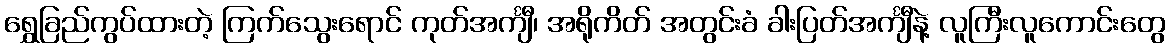
ရွှေခြည်ကွပ်ထားတဲ့ ကြက်သွေးရောင် ကုတ်အင်္ကျီ၊ အရိုကိတ် အတွင်းခံ ခါးပြတ်အင်္ကျီနဲ့ လူကြီးလူကောင်းတွေ